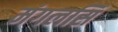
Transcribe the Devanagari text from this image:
मंगलसिं